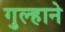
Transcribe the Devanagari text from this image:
गुल्हाने